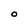
Character: O